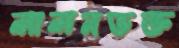
লালনভক্ত